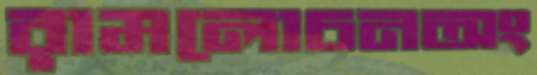
রামলোচনঅং